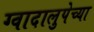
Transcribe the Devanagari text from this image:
ग्वादालुपेच्या